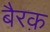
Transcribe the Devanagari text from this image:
बैरक़